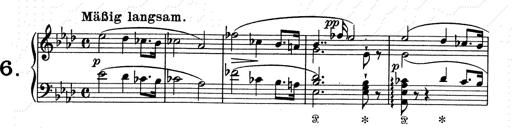
Title: Aus Lohengrin
Composer: Franz Liszt